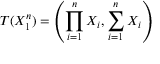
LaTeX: T ( X _ { 1 } ^ { n } ) = \left( \prod _ { i = 1 } ^ { n } X _ { i } , \sum _ { i = 1 } ^ { n } X _ { i } \right)